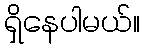
ရှိနေပါမယ်။